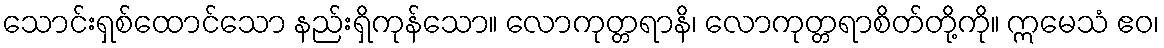
သောင်းရှစ်ထောင်သော နည်းရှိကုန်သော။ လောကုတ္တရာနိ၊ လောကုတ္တရာစိတ်တို့ကို။ ဣမေသံ ဧဝ၊